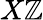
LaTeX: X\mathbb{Z}